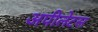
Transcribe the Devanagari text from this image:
अपीलेटस